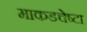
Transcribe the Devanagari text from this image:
माकडचेष्टा